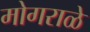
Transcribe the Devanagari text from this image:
मोगराळे